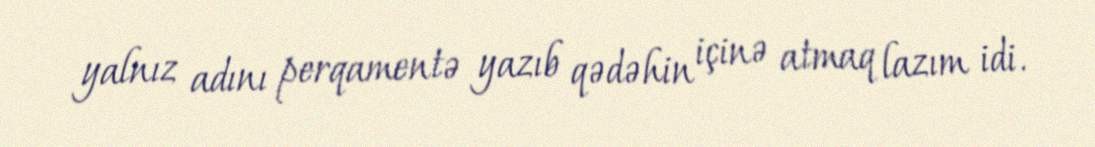
yalnız adını perqamentə yazıb qədəhin içinə atmaq lazım idi.